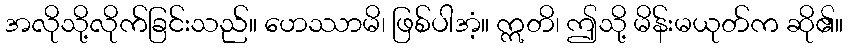
အလိုသို့လိုက်ခြင်းသည်။ ဟေဿာမိ၊ ဖြစ်ပါအံ့။ ဣတိ၊ ဤသို့ မိန်းမယုတ်က ဆို၏။